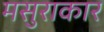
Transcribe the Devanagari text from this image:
मसुराकार